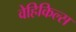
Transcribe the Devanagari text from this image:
वेहिकिल्स